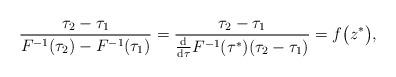
LaTeX: \begin{align*}\frac{\tau_2-\tau_1}{F^{-1}(\tau_2)-F^{-1}(\tau_1)}=\frac{\tau_2-\tau_1}{\frac{\mathrm{d}}{\mathrm{d}\tau}F^{-1}(\tau^{*})(\tau_2-\tau_1)}=f\bigl(z^*\bigr),\end{align*}